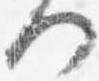
何